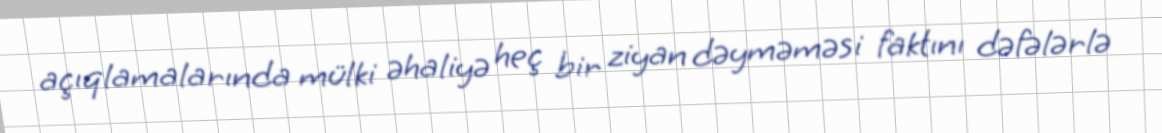
açıqlamalarında mülki əhaliyə heç bir ziyan dəyməməsi faktını dəfələrlə